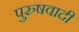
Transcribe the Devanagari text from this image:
पुरुषवादी